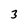
Character: 3